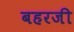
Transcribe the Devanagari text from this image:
बहरजी